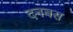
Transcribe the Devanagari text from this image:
दनबस